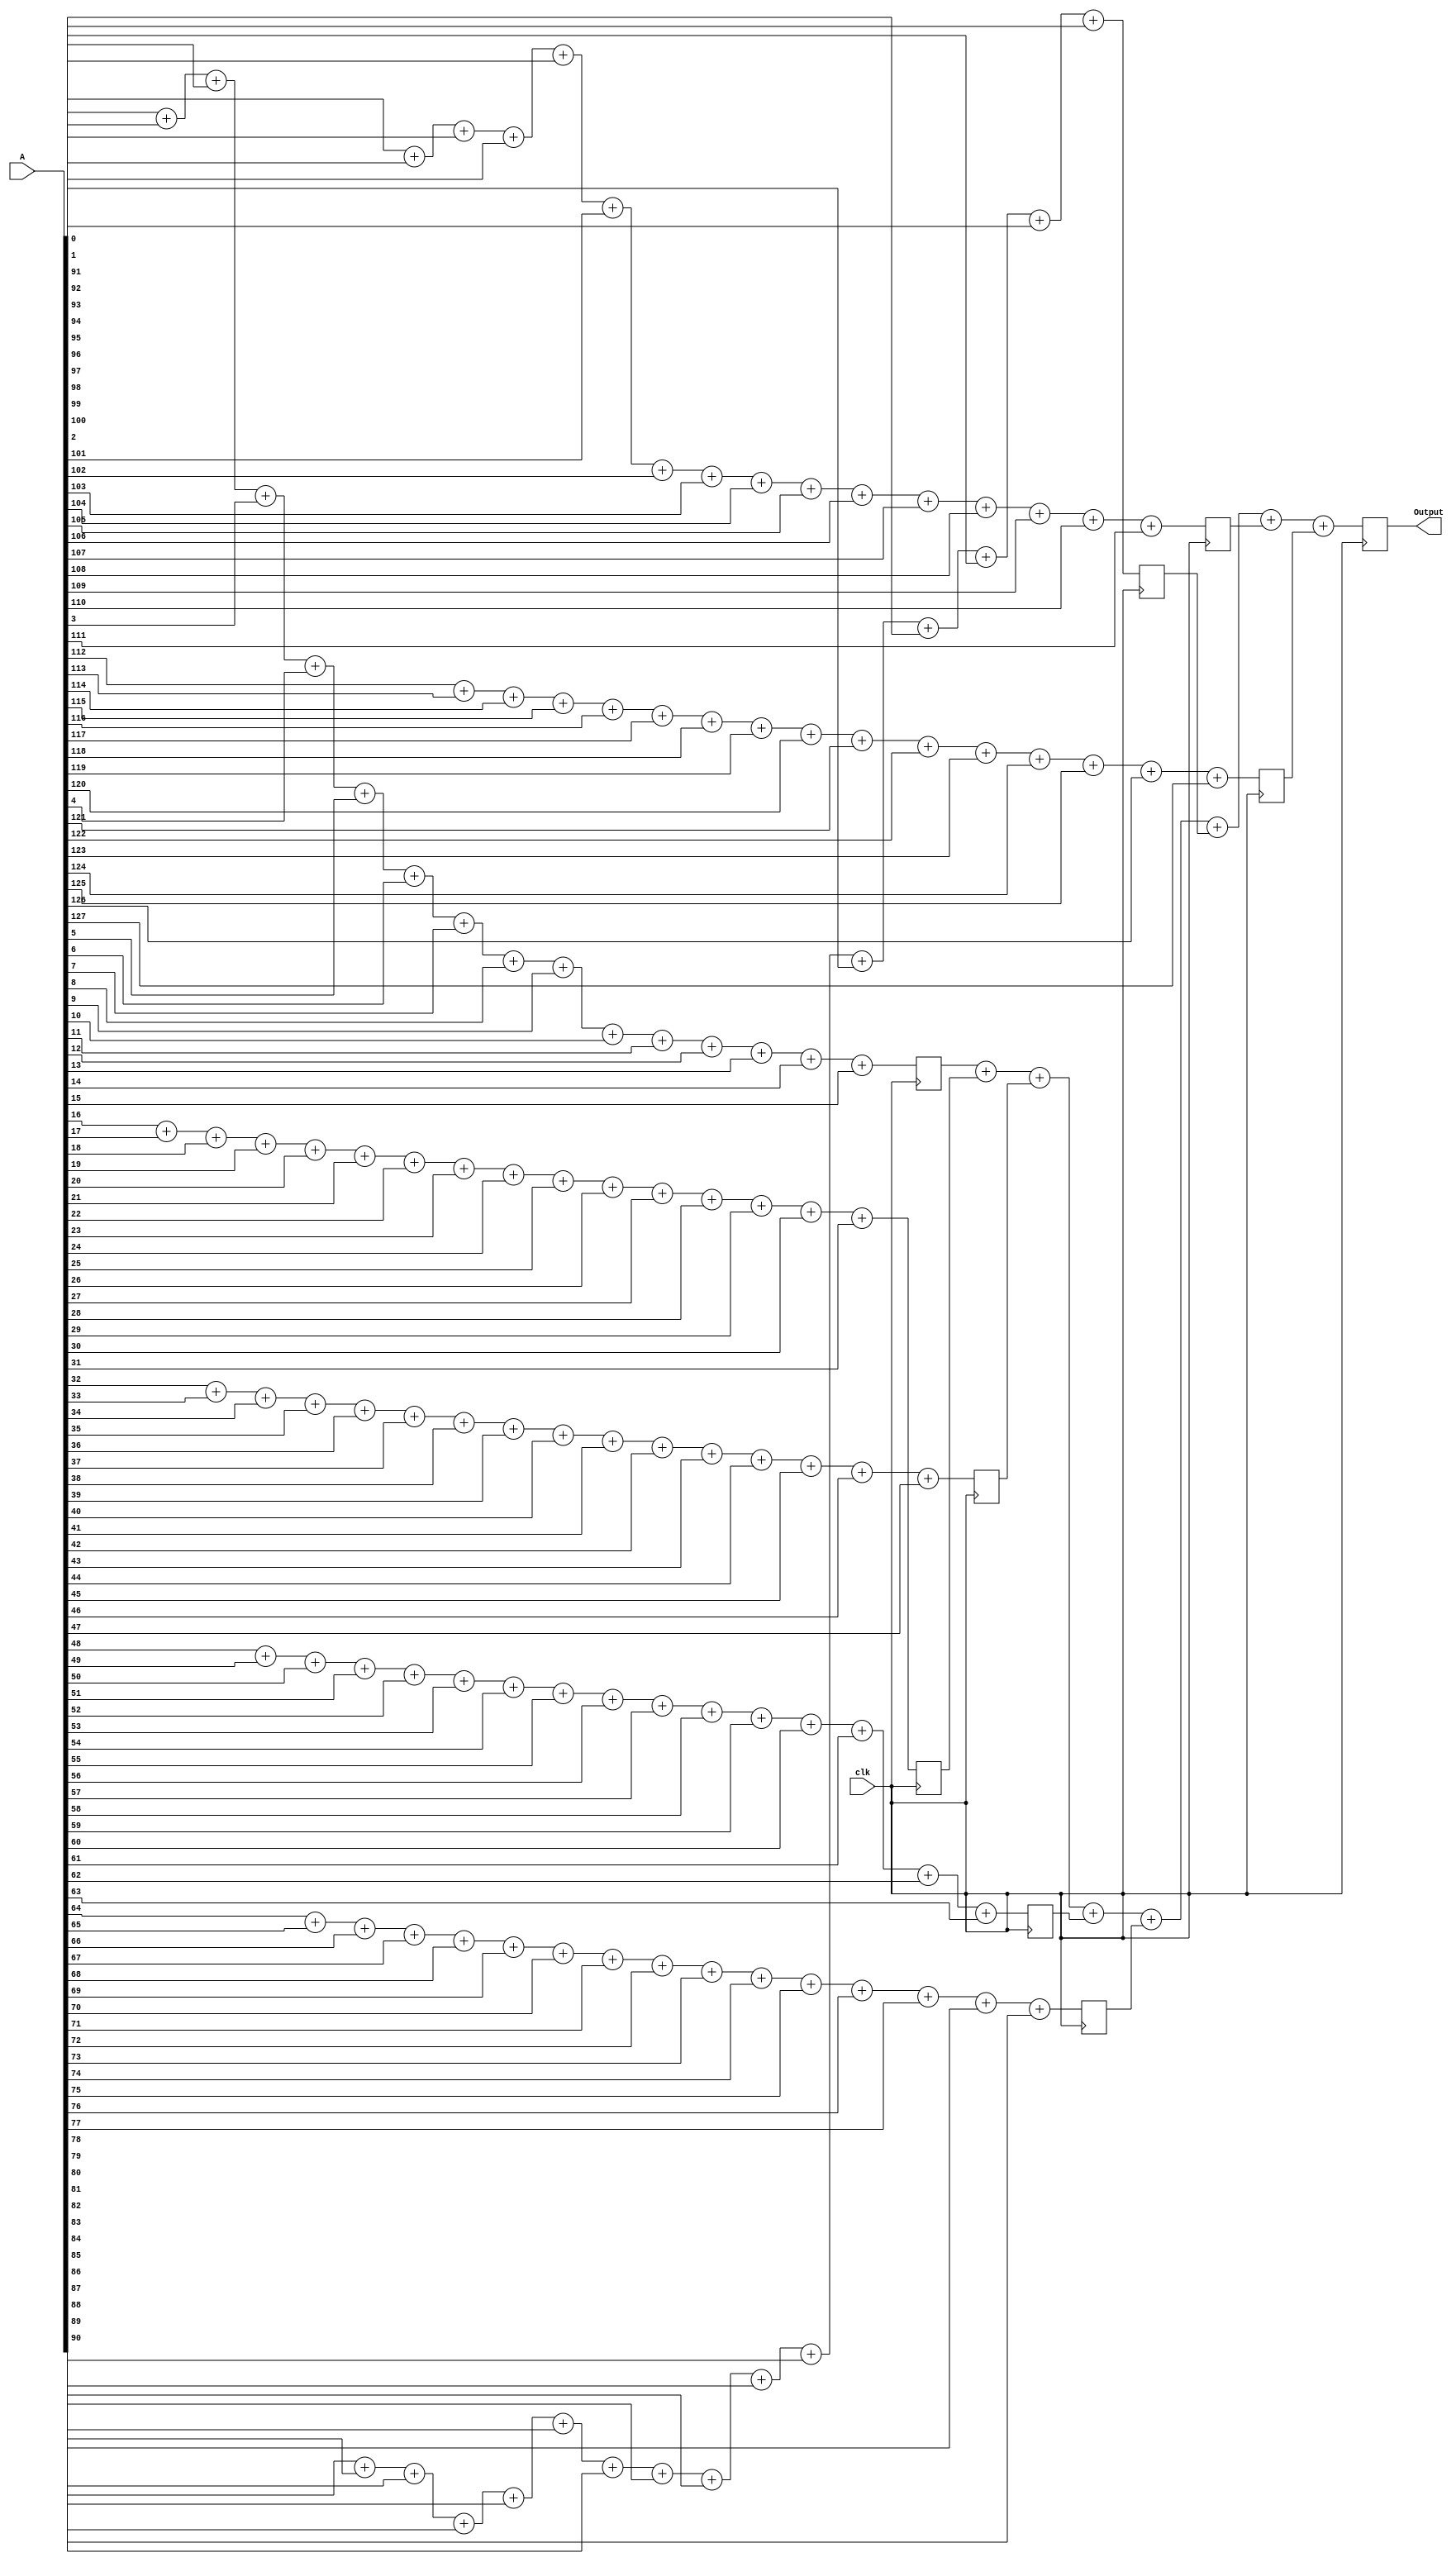
module Adder_tree(A,clk,Output);

input [127:0] A;
input clk;
output reg [7:0] Output;

reg [15:0]sum1[7:0];

genvar i;
generate
for(i = 0;i < 8;i = i + 1) begin
	always @(posedge clk) begin
		sum1[i] <= A[i*16] + A[i*16 + 1] + A[i*16 + 2] +A[i*16 + 3] + A[i*16 + 4] + A[i*16 + 5] + A[i*16 + 6] + A[i*16 + 7] + A[i*16 + 8] + A[i*16 + 9] + A[i*16 + 10] +A[i*16 + 11] + A[i*16 + 12] + A[i*16 + 13] + A[i*16 + 14] + A[i*16 + 15];
		end
	end

endgenerate

always @(posedge clk) begin
		Output <= sum1[0] + sum1[1] + sum1[2] + sum1[3] + sum1[4] + sum1[5] + sum1[6] + sum1[7];
		end
		
endmodule